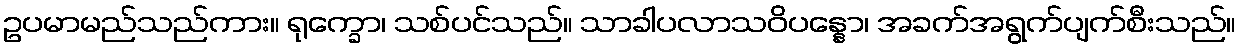
ဥပမာမည်သည်ကား။ ရုက္ခော၊ သစ်ပင်သည်။ သာခါပလာသဝိပန္နော၊ အခက်အရွက်ပျက်စီးသည်။